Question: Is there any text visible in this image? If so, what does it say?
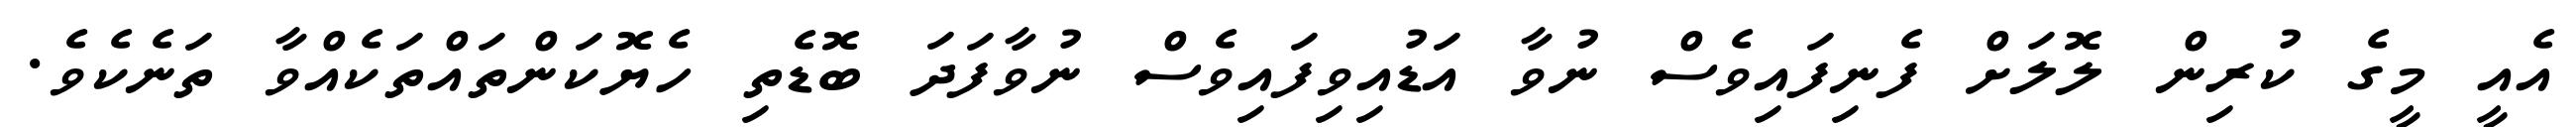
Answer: އެއީ މީގެ ކުރިން ލޮލަށް ފެނިފައިވެސް ނުވާ އަޑުއިވިފައިވެސް ނުވާފަދަ ބޮޑެތި ހެޔޮކަންތައްތަކެއްވާ ތަނެކެވެ.